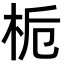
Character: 栀